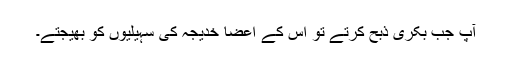
آپ جب بکری ذبح کرتے تو اس کے اعضا خدیجہ کی سہیلیوں کو بھیجتے۔